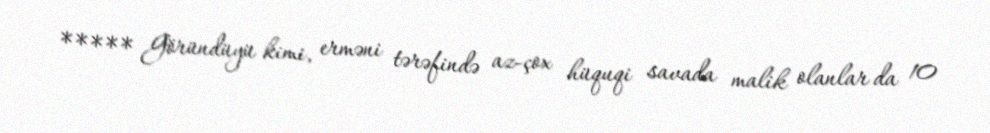
***** Göründüyü kimi, erməni tərəfində az-çox hüquqi savada malik olanlar da 10